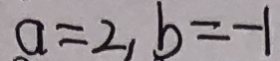
a = 2 , b = - 1